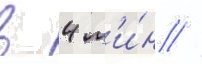
в 4 м'и́н //